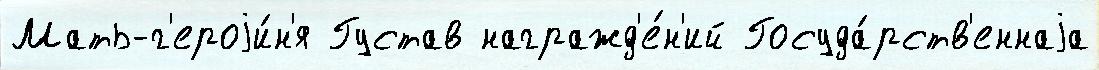
Мать-г'ероjи́н'я Густав награжд'е́н'ий Госуда́рств'еннаjа